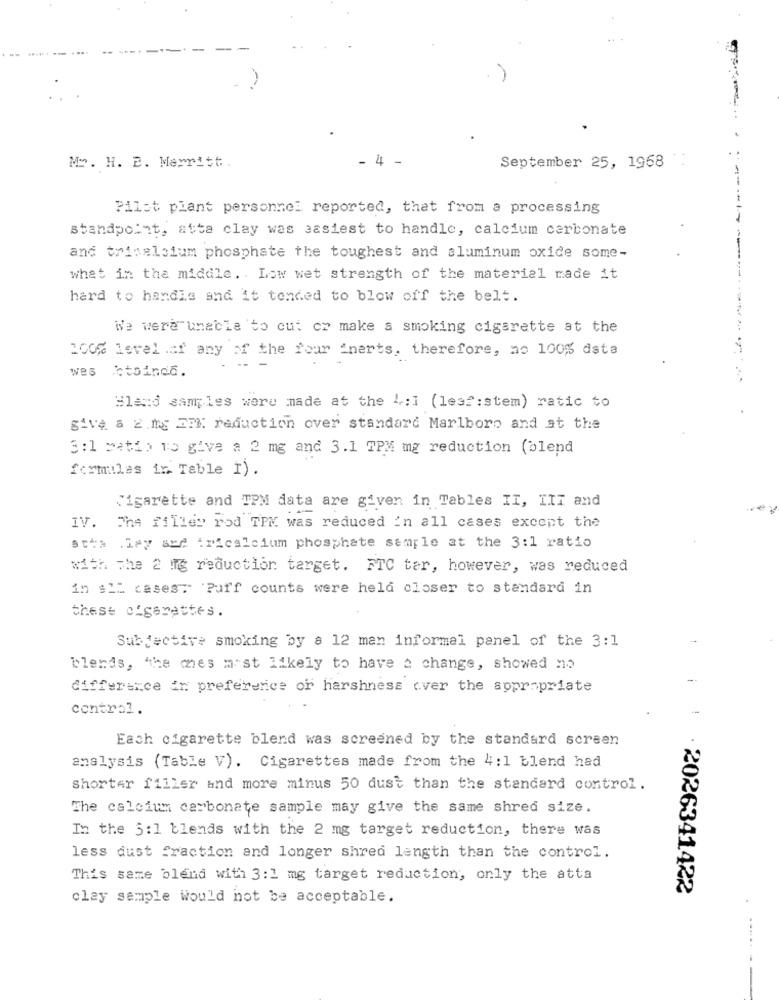
....
-
- 4 -
September 25, 1968 :
Mo. H. B. Merritt.
Pilot plant personnel reported, that from a processing
standpoint, atta clay was easiest to handle, calcium carbonate
and trinalcium phosphate the toughest and aluminum oxide some-
what in the middle .. Low wet strength of the material made it
hard to handle and it tended to blow off the belt.
We were unable to cut cr make a smoking cigarette at the
100% level .af any of the four "nerts, therefore, no 100% data
Wes
Estainda.
Blend samples were made at the 1:1 (leaf:stem) ratic to
give a 2.mg EM% reduction over standard Marlboro and at the
3:1 patio 15 give a 2 mg and 3.1 TPM mg reduction (blend
formules in Table I).
Cigarette and TPM data are given in Tables II, III and
IV.
The filler rod TPM was reduced in all cases except the
stia ley ard :ricalcium phosphate sample at the 3:1 ratio
with The 2 mg reduction target. FTC ter, however, was reduced
in #IL cases: 'Puff counts were held closer to standard in
these olgarettes.
Subjective smoking by a 12 man informal panel of the 3:1
blends, "the mes most likely to have a change, showed no
difference in preference or harshness over the appropriate
control.
Each cigarette blend was screened by the standard screen
analysis (Table V). Cigarettes made from the 4:1 blend had
shorter filler and more minus 50 dust than the standard control.
The calcium carbonate sample may give the same shred size.
In the 5:1 blends with the 2 mg target reduction, there was
less dust fraction and longer shred length than the control.
This same blend with 3:1 mg target reduction, only the atta
· 2026341422
clay sample would not be acceptable.